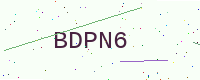
Text: BDPN6